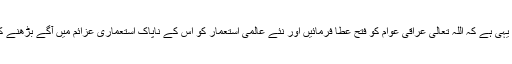
اس لیے ہماری خواہش اور دعاء تو یہی ہے کہ اللہ تعالیٰ عراقی عوام کو فتح عطا فرمائیں اور نئے عالمی استعمار کو اس کے ناپاک استعماری عزائم میں آگے بڑھنے کا موقع نہ دیں، آمین یا رب العالمین۔